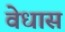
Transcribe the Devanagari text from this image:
वेधास